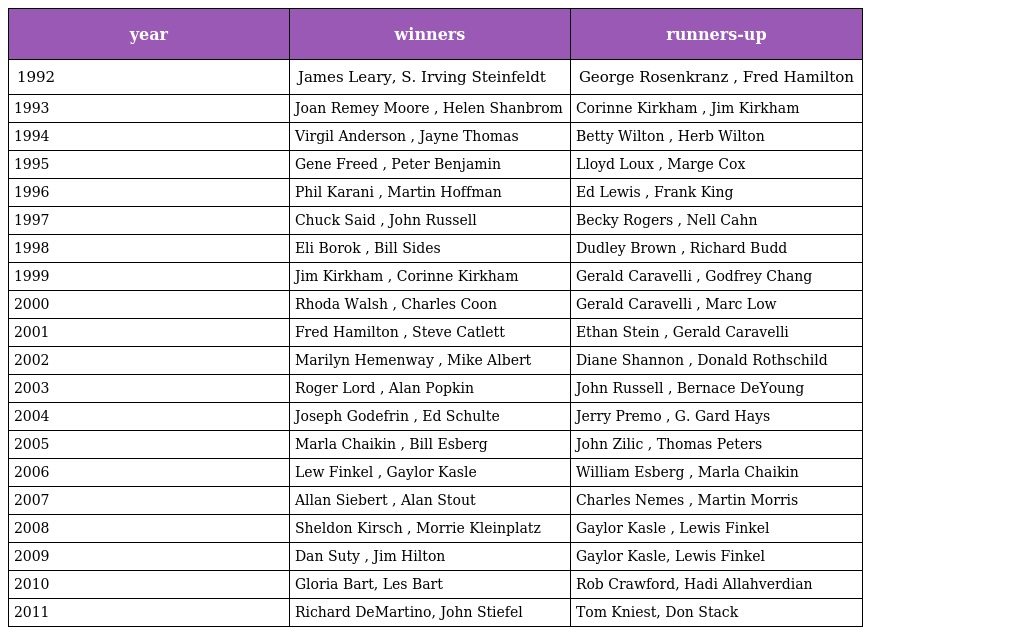
| year | winners | runners-up |
 | --- | --- | --- |
 | 1992 | James Leary, S. Irving Steinfeldt | George Rosenkranz , Fred Hamilton |
 | 1993 | Joan Remey Moore , Helen Shanbrom | Corinne Kirkham , Jim Kirkham |
 | 1994 | Virgil Anderson , Jayne Thomas | Betty Wilton , Herb Wilton |
 | 1995 | Gene Freed , Peter Benjamin | Lloyd Loux , Marge Cox |
 | 1996 | Phil Karani , Martin Hoffman | Ed Lewis , Frank King |
 | 1997 | Chuck Said , John Russell | Becky Rogers , Nell Cahn |
 | 1998 | Eli Borok , Bill Sides | Dudley Brown , Richard Budd |
 | 1999 | Jim Kirkham , Corinne Kirkham | Gerald Caravelli , Godfrey Chang |
 | 2000 | Rhoda Walsh , Charles Coon | Gerald Caravelli , Marc Low |
 | 2001 | Fred Hamilton , Steve Catlett | Ethan Stein , Gerald Caravelli |
 | 2002 | Marilyn Hemenway , Mike Albert | Diane Shannon , Donald Rothschild |
 | 2003 | Roger Lord , Alan Popkin | John Russell , Bernace DeYoung |
 | 2004 | Joseph Godefrin , Ed Schulte | Jerry Premo , G. Gard Hays |
 | 2005 | Marla Chaikin , Bill Esberg | John Zilic , Thomas Peters |
 | 2006 | Lew Finkel , Gaylor Kasle | William Esberg , Marla Chaikin |
 | 2007 | Allan Siebert , Alan Stout | Charles Nemes , Martin Morris |
 | 2008 | Sheldon Kirsch , Morrie Kleinplatz | Gaylor Kasle , Lewis Finkel |
 | 2009 | Dan Suty , Jim Hilton | Gaylor Kasle, Lewis Finkel |
 | 2010 | Gloria Bart, Les Bart | Rob Crawford, Hadi Allahverdian |
 | 2011 | Richard DeMartino, John Stiefel | Tom Kniest, Don Stack |